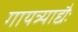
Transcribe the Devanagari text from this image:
गायत्र्याद्यैः